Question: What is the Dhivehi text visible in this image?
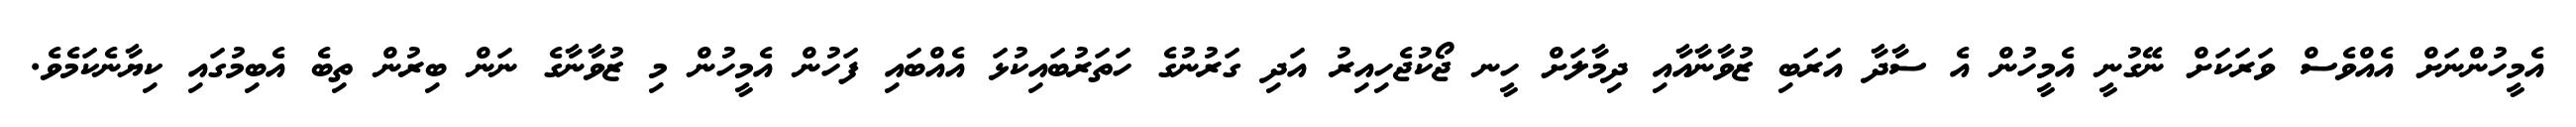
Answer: އެމީހުންނަށް އެއްވެސް ވަރަކަށް ނޭގުނީ އެމީހުން އެ ސާދާ އަރަބި ޒުވާނާއާއި ދިމާލަށް ހީނ ޖޯކުޖެހިއިރު އަދި ގަރުނުގެ ހަތަރުބައިކުޅަ އެއްބައި ފަހުން އެމީހުން މި ޒުވާނާގެ ނަން ބިރުން ތިބެ އެބިމުގައި ކިޔާނެކަމެވެ.